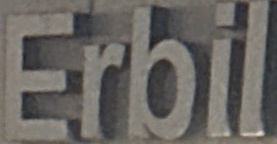
Erbil